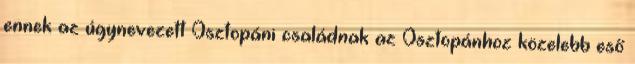
ennek az úgynevezett Osztopáni családnak az Osztopánhoz közelebb eső